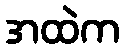
အထဲက